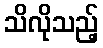
သိလိုသည့်